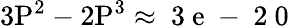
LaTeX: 3\mathrm{P}^{2}-2\mathrm{P}^{3}\approx\mathrm{~3~e~-~2~0~}